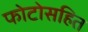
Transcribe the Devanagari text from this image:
फोटोसहित